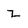
Character: z